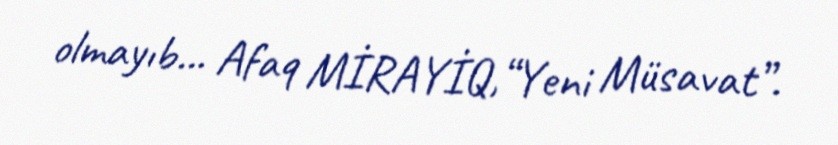
olmayıb... Afaq MİRAYİQ,“Yeni Müsavat”.